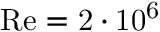
\mathrm { { R e } = 2 \cdot 1 0 ^ { 6 } }